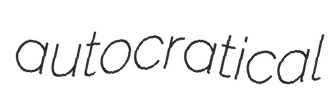
autocratical